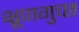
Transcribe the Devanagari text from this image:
भ्रूणगुच्छ